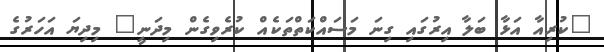
"ކުރިއާ އަޅާ ބަލާ އިރުގައި ގިނަ މަސައްކަތްތަކެއް ކުރެވިގެން މިދަނީ" މިދިޔަ އަހަރުގެ